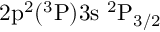
\mathrm { 2 p ^ { 2 } ( ^ { 3 } P ) 3 s ~ ^ { 2 } P _ { 3 / 2 } }